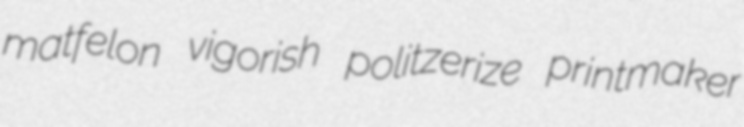
matfelon vigorish politzerize printmaker